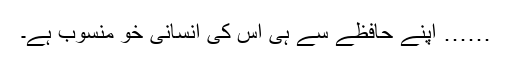
…… اپنے حافظے سے ہی اس کی انسانی خو منسوب ہے۔